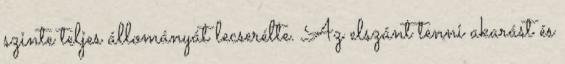
szinte teljes állományát lecserélte. Az elszánt tenni akarást és